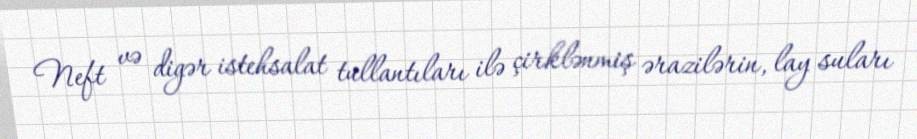
Neft və digər istehsalat tullantıları ilə çirklənmiş ərazilərin, lay suları